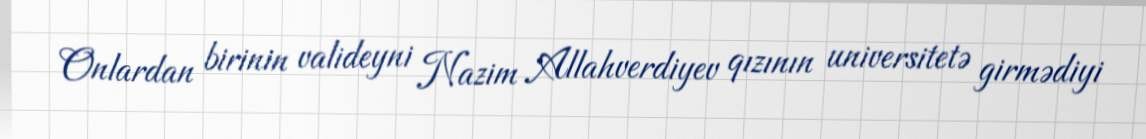
Onlardan birinin valideyni Nazim Allahverdiyev qızının universitetə girmədiyi